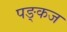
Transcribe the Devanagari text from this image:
पङ्कज